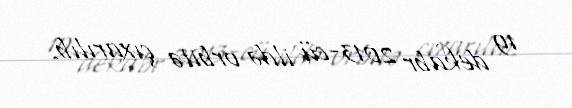
19 dekabr 2013-cü ildə orbitə çıxarılıb.